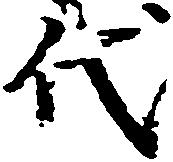
代